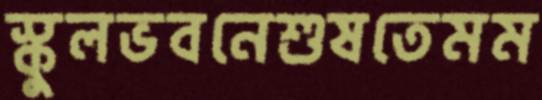
স্কুলভবনেশুষতেমম